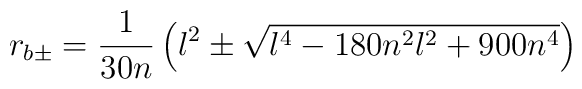
r_{b \pm} = {1 \over 30 n}\left(l^2\pm    \sqrt{l^4-180n^2l^2+900n^4}\right)